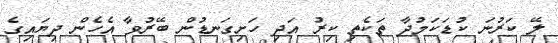
ލޭ ކަރުނަ ކުޑަކަމުދާ ތަކެތި ކިރު އަދި ހަށިގަނޑުން ބޭރުވާ އެހެން ދިޔައިގެ